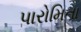
પારોમિતા